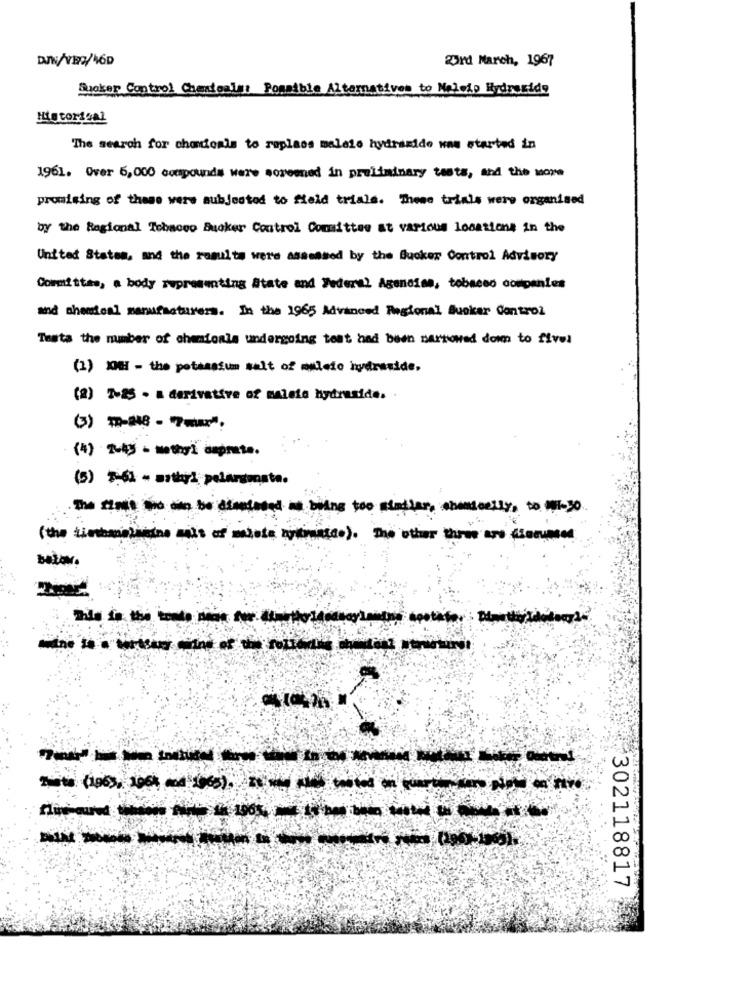
DAN/VE9/46D
BOrd March, 1967
Suoker Control Chatealas Possible Alternatives to Neleip Hydrasidy
Historical
The search for chodoals to replass malaio hydrazide was started in
1961. Over 6,000 compounds were somemed in preliminary tests, and the more
promising of these wers subjestod to field triale. These trials were organised
by the Regional Tobacco Bucker Control Committee at various locations in the
United States, and the results were assessed by the Suoker Control Advisory
Committee, a body representing State and Federal Agencies, tobacco companies
and chemical manufacturers. In the 1965 Advanced Regional Bucker Control
Testa the number of chemicals undergoing toat had been narrowed down to fivel
(1) 1081 - the potassium malt of malede hydroxide,
(2) 2-25 - a derivative of malsde hydruside ..
(4) 2-45 - methyl caprate.
(5) 3-61 - asthyl pelarsmarte.
The times and to dimaioand being too sindlar, shandcelly, to 01- 30
(the tinhamelimine mais of miste limasso). The other three are documed
bator.
- ---------
302118817